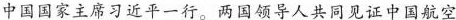
中国国家主席习近平一行。两国领导人共同见证中国航空